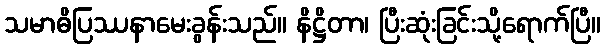
သမာဓိပြဿနာမေးခွန်းသည်။ နိဋ္ဌိတာ၊ ပြီးဆုံးခြင်းသို့ရောက်ပြီ။